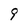
Character: 9